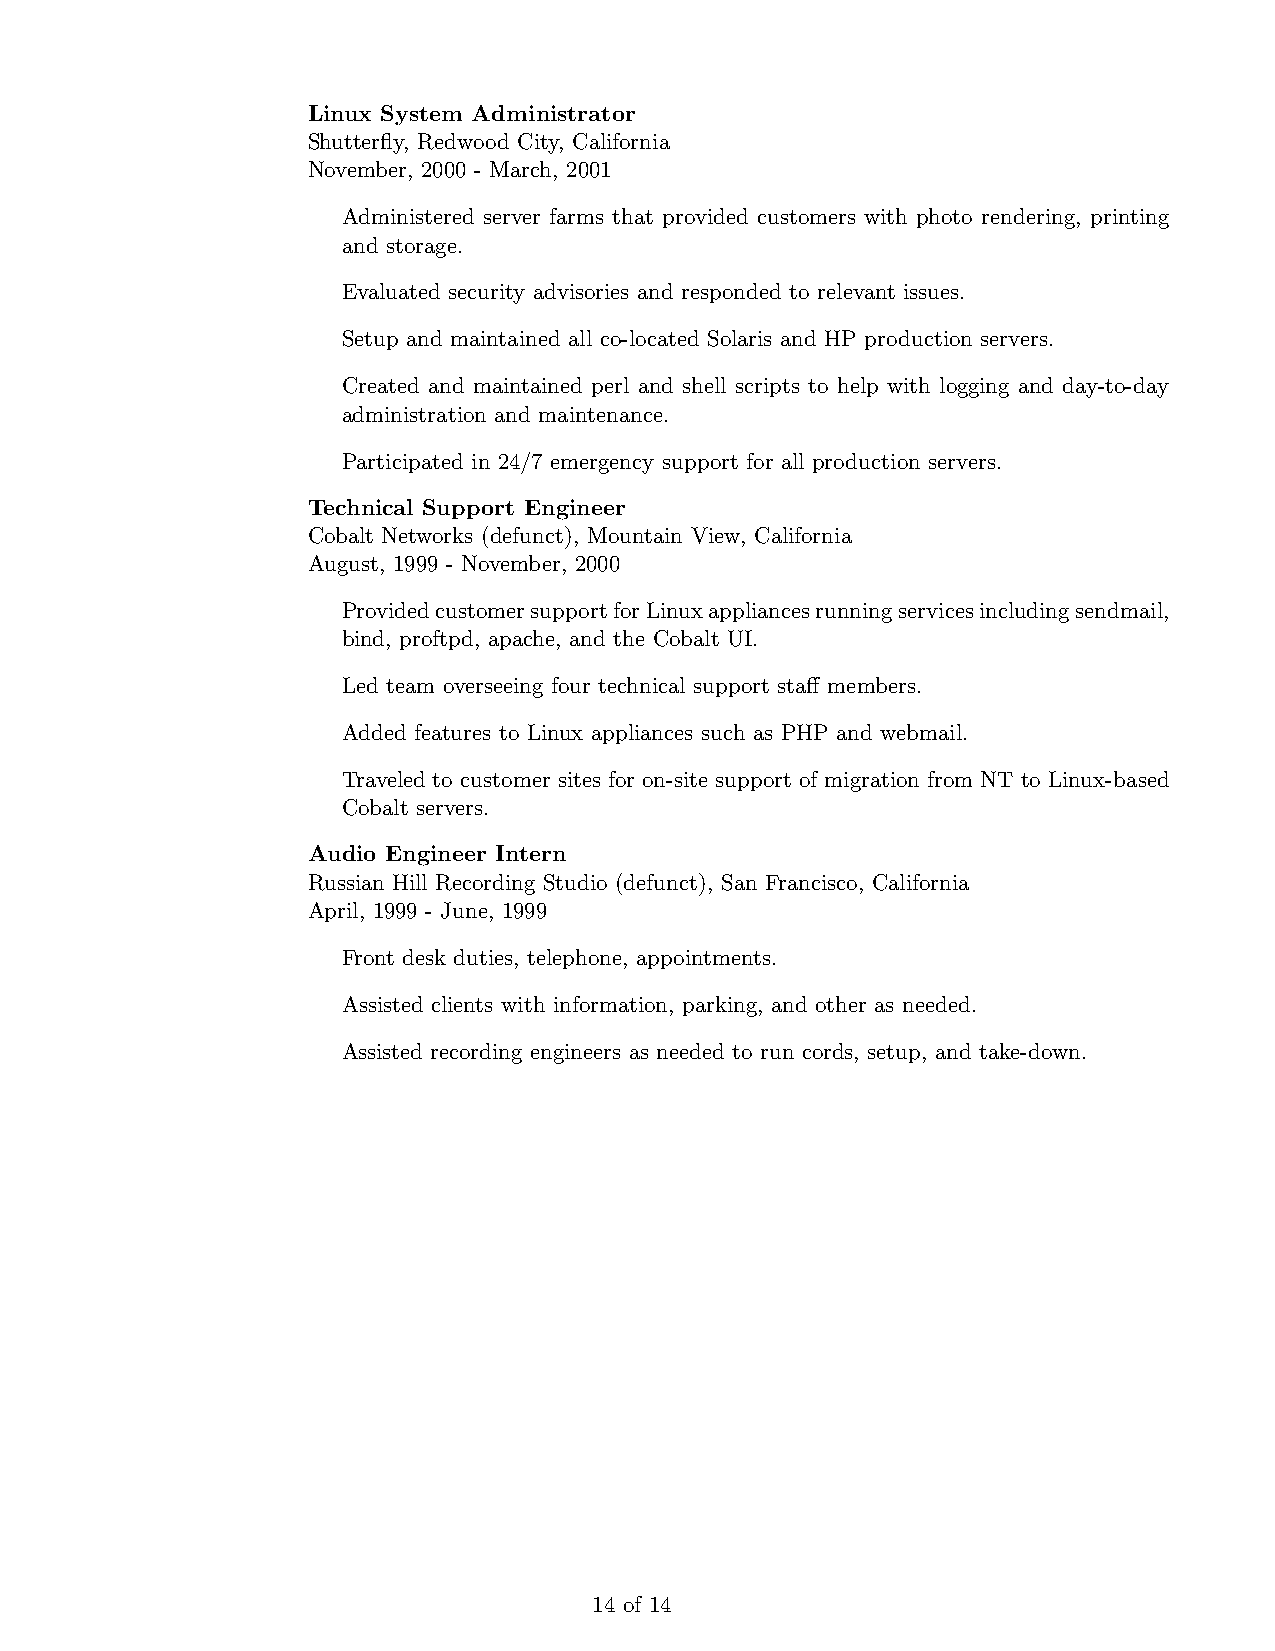
Linux System Administrator
 Shutterfly, Redwood City, California
 November, 2000 - March, 2001
 Administered server farms that provided customers with photo rendering, printing
 and storage.
 Evaluated security advisories and responded to relevant issues.
 Setup and maintained all co-located Solaris and HP production servers.
 Created and maintained perl and shell scripts to help with logging and day-to-day
 administration and maintenance.
 Participated in 24/7 emergency support for all production servers.
 Technical Support Engineer
 Cobalt Networks (defunct), Mountain View, California
 August, 1999 - November, 2000
 ProvidedcustomersupportforLinuxappliancesrunningservicesincludingsendmail,
 bind, proftpd, apache, and the Cobalt UI.
 Led team overseeing four technical support staff members.
 Added features to Linux appliances such as PHP and webmail.
 Traveled to customer sites for on-site support of migration from NT to Linux-based
 Cobalt servers.
 Audio Engineer Intern
 Russian Hill Recording Studio (defunct), San Francisco, California
 April, 1999 - June, 1999
 Front desk duties, telephone, appointments.
 Assisted clients with information, parking, and other as needed.
 Assisted recording engineers as needed to run cords, setup, and take-down.
 14 of 14